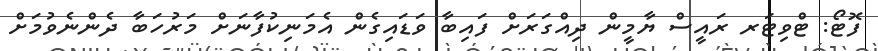
ފޮޓޯ: ޓްވިޓަރ ރައީސް ޔާމީން ދިއްގަރަށް ފައިބާ ވަޑައިގެން އެމަނިކުފާނަށް މަރުހަބާ ދެންނެވުމަށް